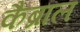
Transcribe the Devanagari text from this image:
कैब्राल